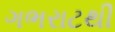
ગભરાટથી